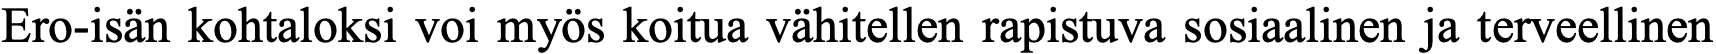
Ero-isän kohtaloksi voi myös koitua vähitellen rapistuva sosiaalinen ja terveellinen